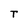
Character: T